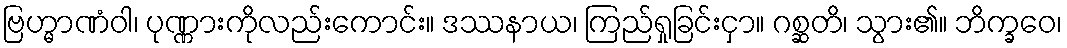
ဗြဟ္မာဏံဝါ၊ ပုဏ္ဏားကိုလည်းကောင်း။ ဒဿနာယ၊ ကြည်ရှုခြင်းငှာ။ ဂစ္ဆတိ၊ သွား၏။ ဘိက္ခဝေ၊